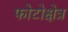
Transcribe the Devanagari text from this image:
फोटोक्षेत्र